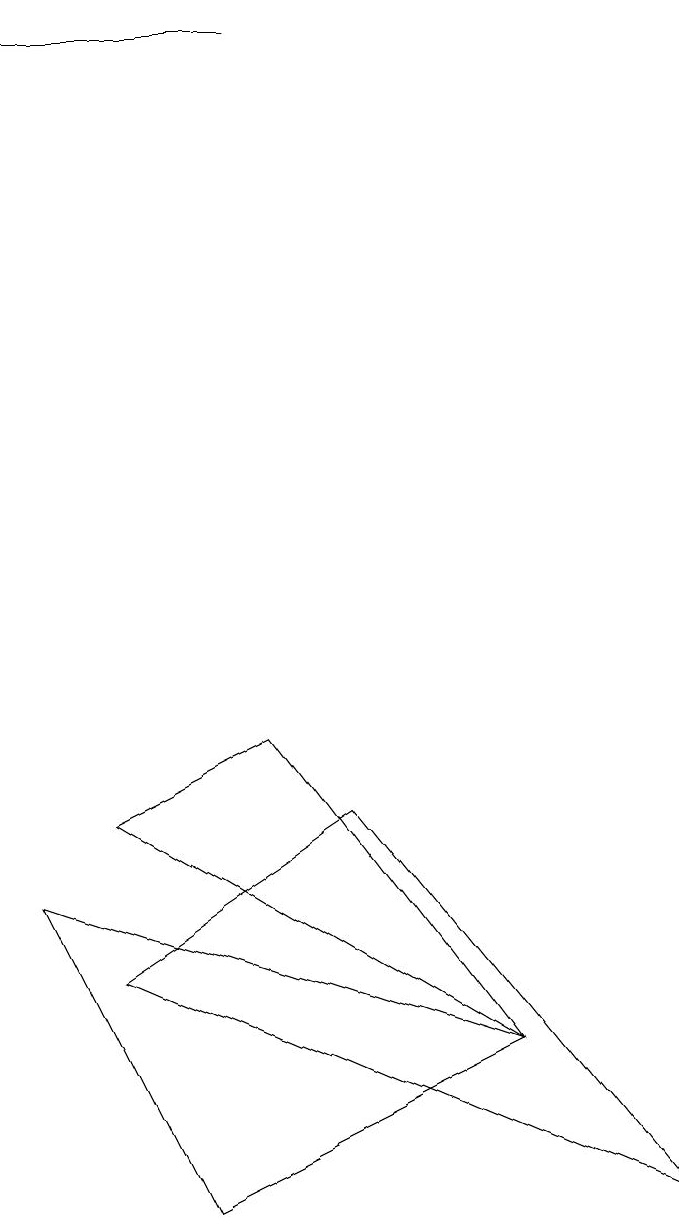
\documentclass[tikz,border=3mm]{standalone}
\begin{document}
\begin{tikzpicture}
\draw (4,15) rectangle (1,15);
\draw (7,2) -- (3,0) -- (1,4) -- cycle;
\draw (5,5) -- (9,0) -- (2,3) -- cycle;
\draw (7,2) -- (2,5) -- (4,6) -- cycle;
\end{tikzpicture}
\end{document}